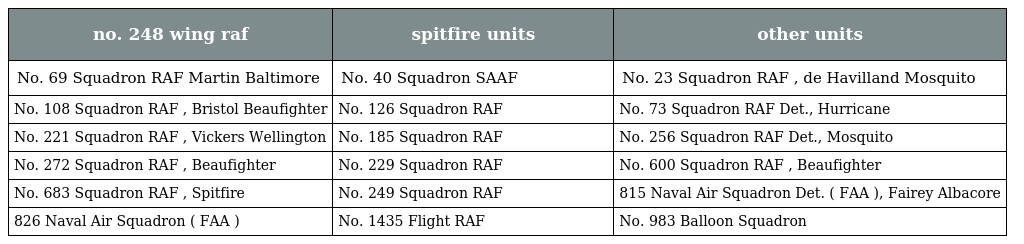
| no. 248 wing raf | spitfire units | other units |
 | --- | --- | --- |
 | No. 69 Squadron RAF Martin Baltimore | No. 40 Squadron SAAF | No. 23 Squadron RAF , de Havilland Mosquito |
 | No. 108 Squadron RAF , Bristol Beaufighter | No. 126 Squadron RAF | No. 73 Squadron RAF Det., Hurricane |
 | No. 221 Squadron RAF , Vickers Wellington | No. 185 Squadron RAF | No. 256 Squadron RAF Det., Mosquito |
 | No. 272 Squadron RAF , Beaufighter | No. 229 Squadron RAF | No. 600 Squadron RAF , Beaufighter |
 | No. 683 Squadron RAF , Spitfire | No. 249 Squadron RAF | 815 Naval Air Squadron Det. ( FAA ), Fairey Albacore |
 | 826 Naval Air Squadron ( FAA ) | No. 1435 Flight RAF | No. 983 Balloon Squadron |